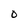
Character: O